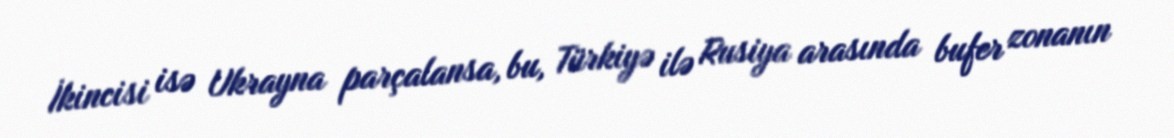
İkincisi isə Ukrayna parçalansa, bu, Türkiyə ilə Rusiya arasında bufer zonanın